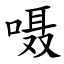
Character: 嗫